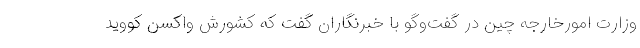
وزارت امورخارجه چین در گفت‌وگو با خبرنگاران گفت که کشورش واکسن کووید